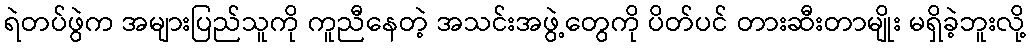
ရဲတပ်ဖွဲက အများပြည်သူကို ကူညီနေတဲ့ အသင်းအဖွဲ့တွေကို ပိတ်ပင် တားဆီးတာမျိုး မရှိခဲ့ဘူးလို့